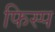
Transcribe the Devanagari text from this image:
फिस्प